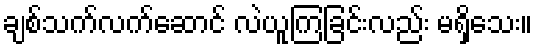
ချစ်သက်လက်ဆောင် လဲယူကြခြင်းလည်း မရှိသေး။